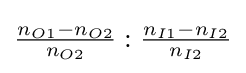
{\tfrac {n_{O1}-n_{O2}}{n_{O2}}}:{\tfrac {n_{I1}-n_{I2}}{n_{I2}}}